Reports on dispensaries and lunatic asylums in the Province of Oudh - 1869-1876
Year: 1869
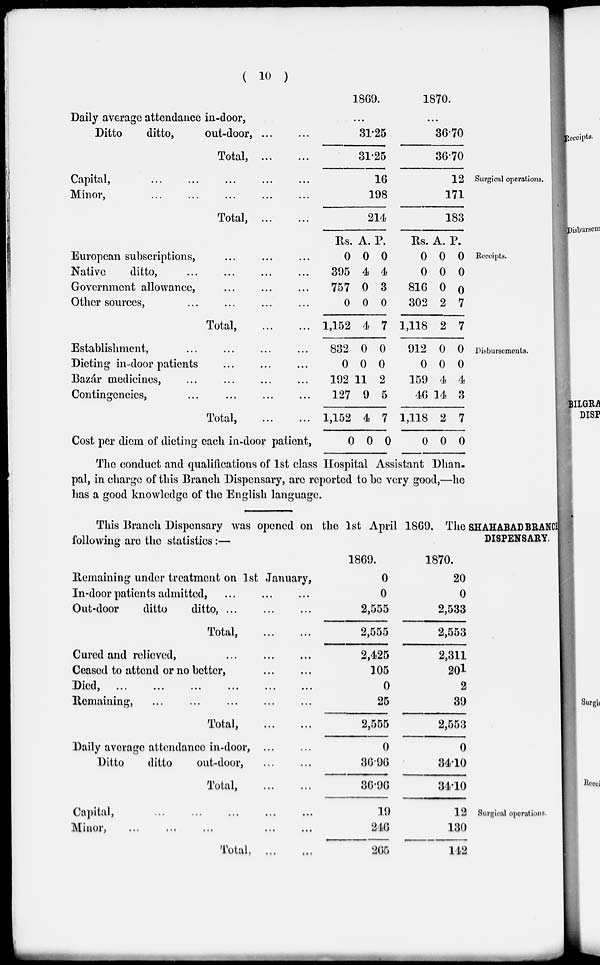
( 10 )
Surgical operations.
Daily average attendance in-door,
Ditto
ditto,
out-door,
...
...
Total,
...
...
Capital, ... ... ... ... ...
Minor, ... ... ... ... ...
Total,
...
...
1869.
...
31.25
31.25
16
198
214
1870.
...
36.70
36.70
12
171
183
Receipts.
European subscriptions, ... ... ...
Native ditto, ... ... ... ...
Government allowance, ... ... ...
Other sources, ... ... ...
Total,
...
...
Rs.
0
395
757
0
1,152
A.
0
4
0
0
4
P.
0
4
3
0
7
Rs.
0
0
816
302
1,118
A.
0
0
0
2
2
P.
0
0
0
7
7
Disbursements.
Establishment, ... ... ... ...
Dieting in-door patients ... ... ...
Bazár medicines, ... ... ... ...
Contingencies, ... ... ... ...
Total,
...
...
Cost per diem of dieting each in-door patient,
832
0
192
127
1,152
0
0
0
11
9
4
0
0
0
2
5
7
0
912
0
159
46
1,118
0
0
0
4
14
2
0
0
0
4
3
7
0
The conduct and qualifications of 1st class Hospital Assistant Dhan-
pal, in charge of this Branch Dispensary, are reported to be very good,—he
has a good knowledge of the English language.
SHAHABAD BRANCH
DISPENSARY.
This Branch Dispensary was opened on the 1st April 1869. The
following are the statistics:—
Remaining under treatment on 1st January,
In-door patients admitted, ... ... ...
Out-door
ditto
ditto, ... ... ...
Total, ... ...
Cured and relieved,
...
...
...
Ceased to attend or no better, ... ...
Died,
...
...
...
...
...
...
Remaining, ... ... ... ... ...
Total,
...
...
Daily average attendance in-door,
...
...
Ditto
ditto
out-door, ... ...
Total,
...
...
1869.
0
0
2,555
2,555
2,425
105
0
25
2,555
0
36.96
36.96
1870.
20
0
2,533
2,553
2,311
201
2
39
2,553
0
34.10
34.10
Surgical operations.
Capital, ... ... ... ... ...
Minor, ... ... ... ... ... ...
Total,
...
...
19
246
265
12
130
142